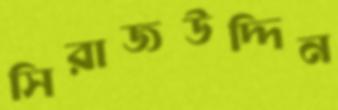
সিরাজউদ্দিন